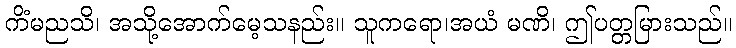
ကိံမညသိ၊ အသို့အောက်မေ့သနည်း။ သူကရော၊အယံ မဏိ၊ ဤပတ္တမြားသည်။